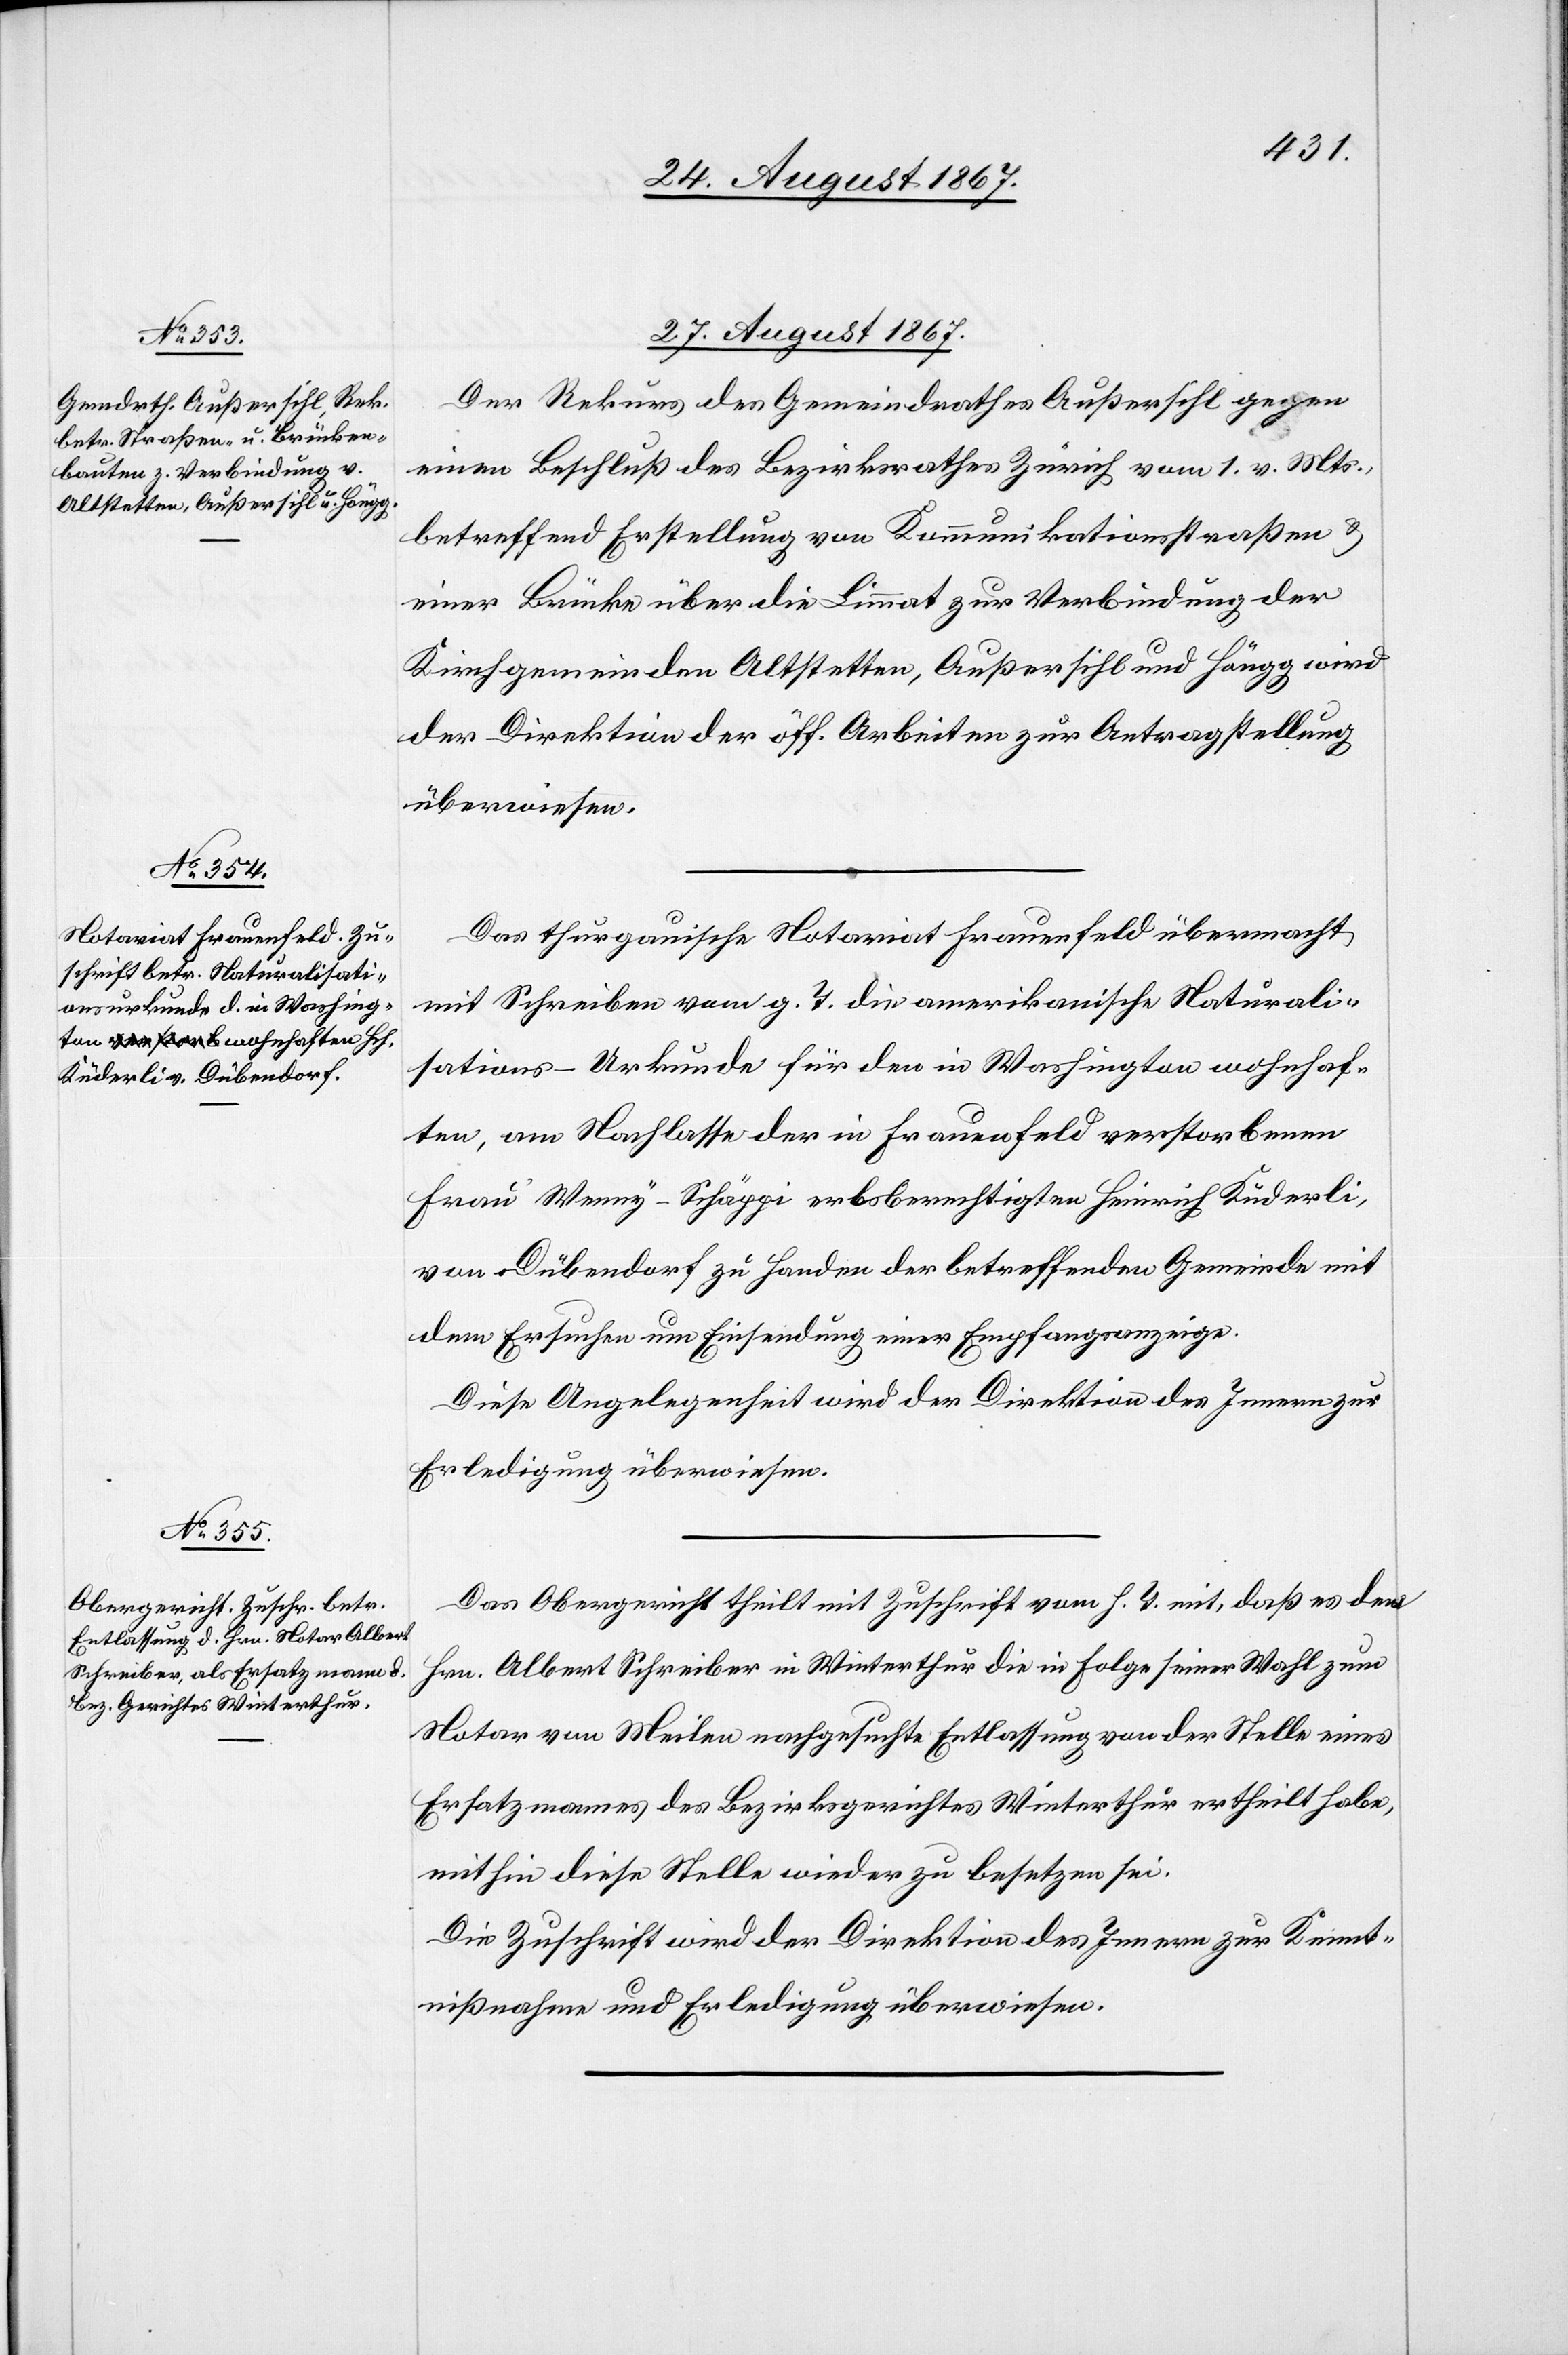
nißnahme

27. August 1867.]
Der Rekurs des Gemeindrathes Außersihl gegen
einen Beschluß des Bezirksrathes Zürich vom 1. v. Mts.,
betreffend Erstellung von Kommunikationsstraßen u.
einer Brücke über die Limmat zur Verbindung der
Kirchgemeinden Altstetten, Außersihl und Höngg wird
der Direktion der öff. Arbeiten zur Antragstellung
überwiesen.
Das thurgauische Notariat Frauenfeld übermacht
mit Schreiben vom g. T. die amerikanische Naturali¬
sations-Urkunde für den in Washington wohnhaf¬
ten, am Nachlasse der in Frauenfeld verstorbenen
Frau Wenny-Schäppi erbsberechtigten Heinrich Küderli,
von Dübendorf zu Handen der betreffenden Gemeinde mit
dem Ersuchen um Einsendung einer Empfanganzeige.
Diese Angelegenheit wird der Direktion des Innern zur
Erledigung überwiesen.
Das Obergericht theilt mit Zuschrift vom h. T. mit, daß es den
Hrn. Albert Schreiber in Winterthur die in Folge seiner Wahl zum
Notar von Meilen nachgesuchte Entlassung von der Stelle eines
Ersatzmannes des Bezirksgerichtes Winterthur ertheilt hat,
mithin diese Stelle wieder zu besetzen sei.
Die Zuschrift wird der Direktion des Innern zur Kennt¬